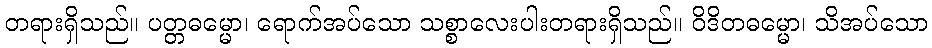
တရားရှိသည်။ ပတ္တဓမ္မော၊ ရောက်အပ်သော သစ္စာလေးပါးတရားရှိသည်။ ဝိဒိတဓမ္မော၊ သိအပ်သော